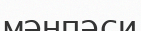
мәнпәси